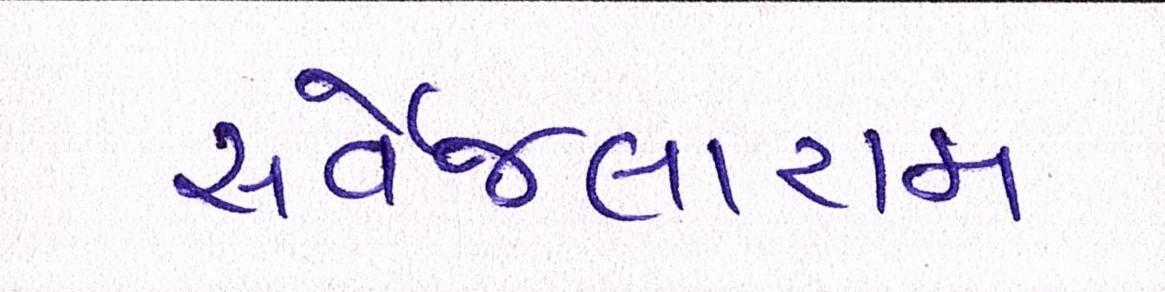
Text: સર્વેજલારામ